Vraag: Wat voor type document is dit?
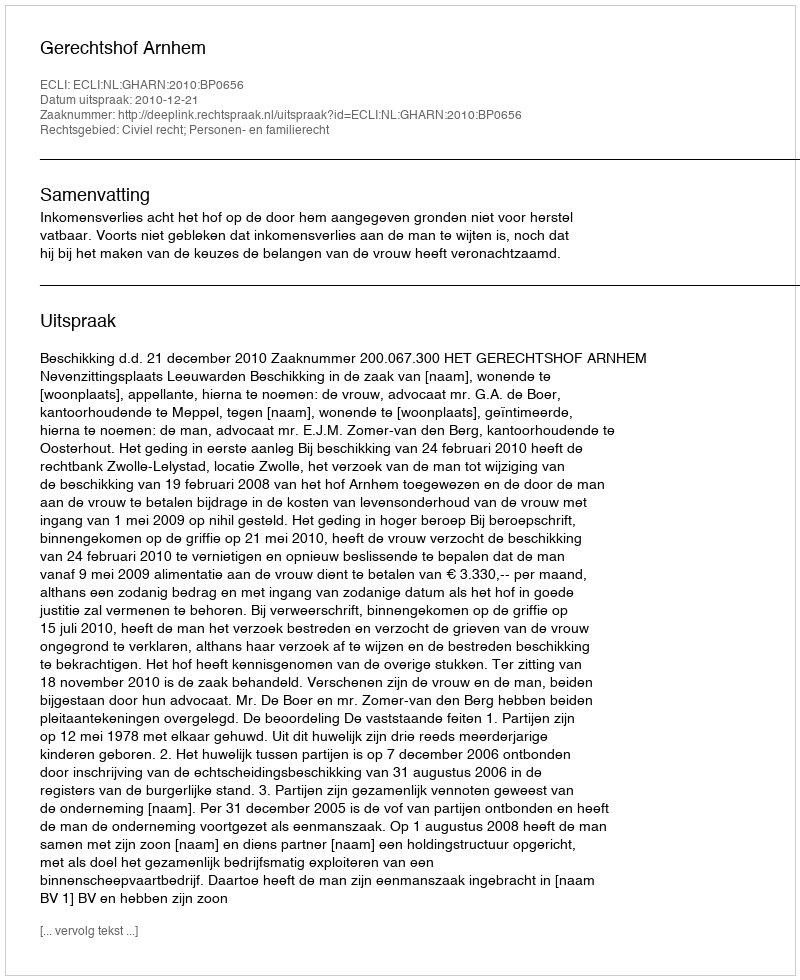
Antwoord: Uitspraak